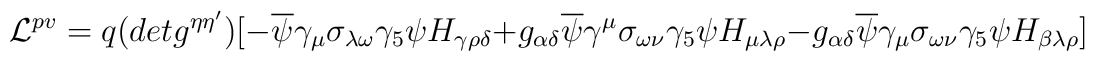
{\cal{L}}^{pv} = q (det g^{\eta\eta'})[-\overline{\psi}\gamma_{\mu}\sigma_{\lambda\omega}\gamma_{5}\psi H_{\gamma\rho\delta}  +g_{\alpha\delta}\overline{\psi}\gamma^{\mu}\sigma_{\omega\nu}\gamma_{5}\psi H_{\mu\lambda\rho} -g_{\alpha\delta}\overline{\psi}\gamma_{\mu}\sigma_{\omega\nu}\gamma_{5}\psi H_{\beta\lambda\rho}]